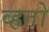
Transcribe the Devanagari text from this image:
व्हतो